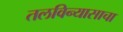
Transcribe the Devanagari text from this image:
तलविन्यासाचा